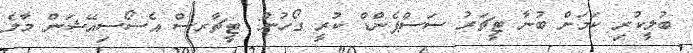
ބުލީކުރި ކަމަށް ބުނާ ޓީޗަރު ސަސްޕެންޑް ކުރީ ގޯހުން: ޓީޗާރސް އެސޯސިއޭޝަން މާލެ